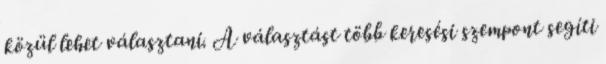
közül lehet választani. A választást több keresési szempont segíti